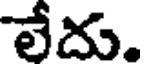
లేదు.